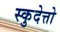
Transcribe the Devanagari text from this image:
स्कुदेत्तो